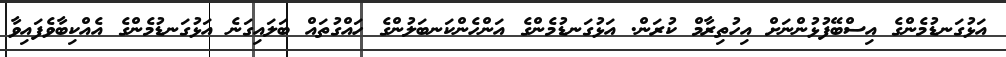
އަޅުގަނޑުމެންގެ އިސްބޭފުޅުންނަށް އިހުތިރާމް ކުރަން. އަޅުގަނޑުމެންގެ އަންހެންކަނބަލުންގެ ހައްގުތައް ބަަލައިގަނެ އަޅުގަނޑުމެންގެ އެއްކިބާވެފައިވާ